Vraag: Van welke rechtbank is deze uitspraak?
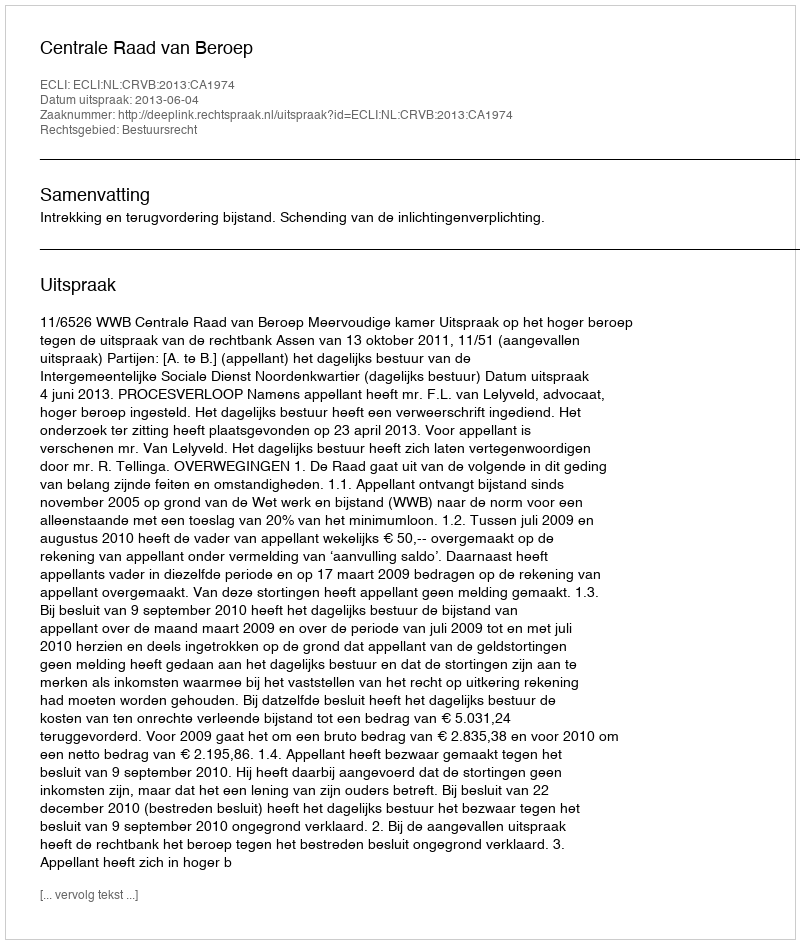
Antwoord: Centrale Raad van Beroep